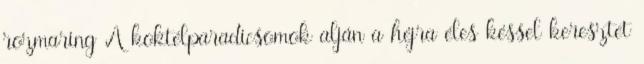
rozmaring A koktélparadicsomok alján a héjra éles késsel keresztet